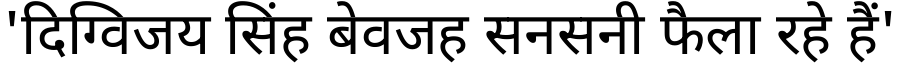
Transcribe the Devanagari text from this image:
'दिग्विजय सिंह बेवजह सनसनी फैला रहे हैं'